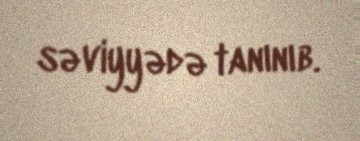
səviyyədə tanınıb.